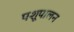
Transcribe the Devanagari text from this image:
पशूपालन